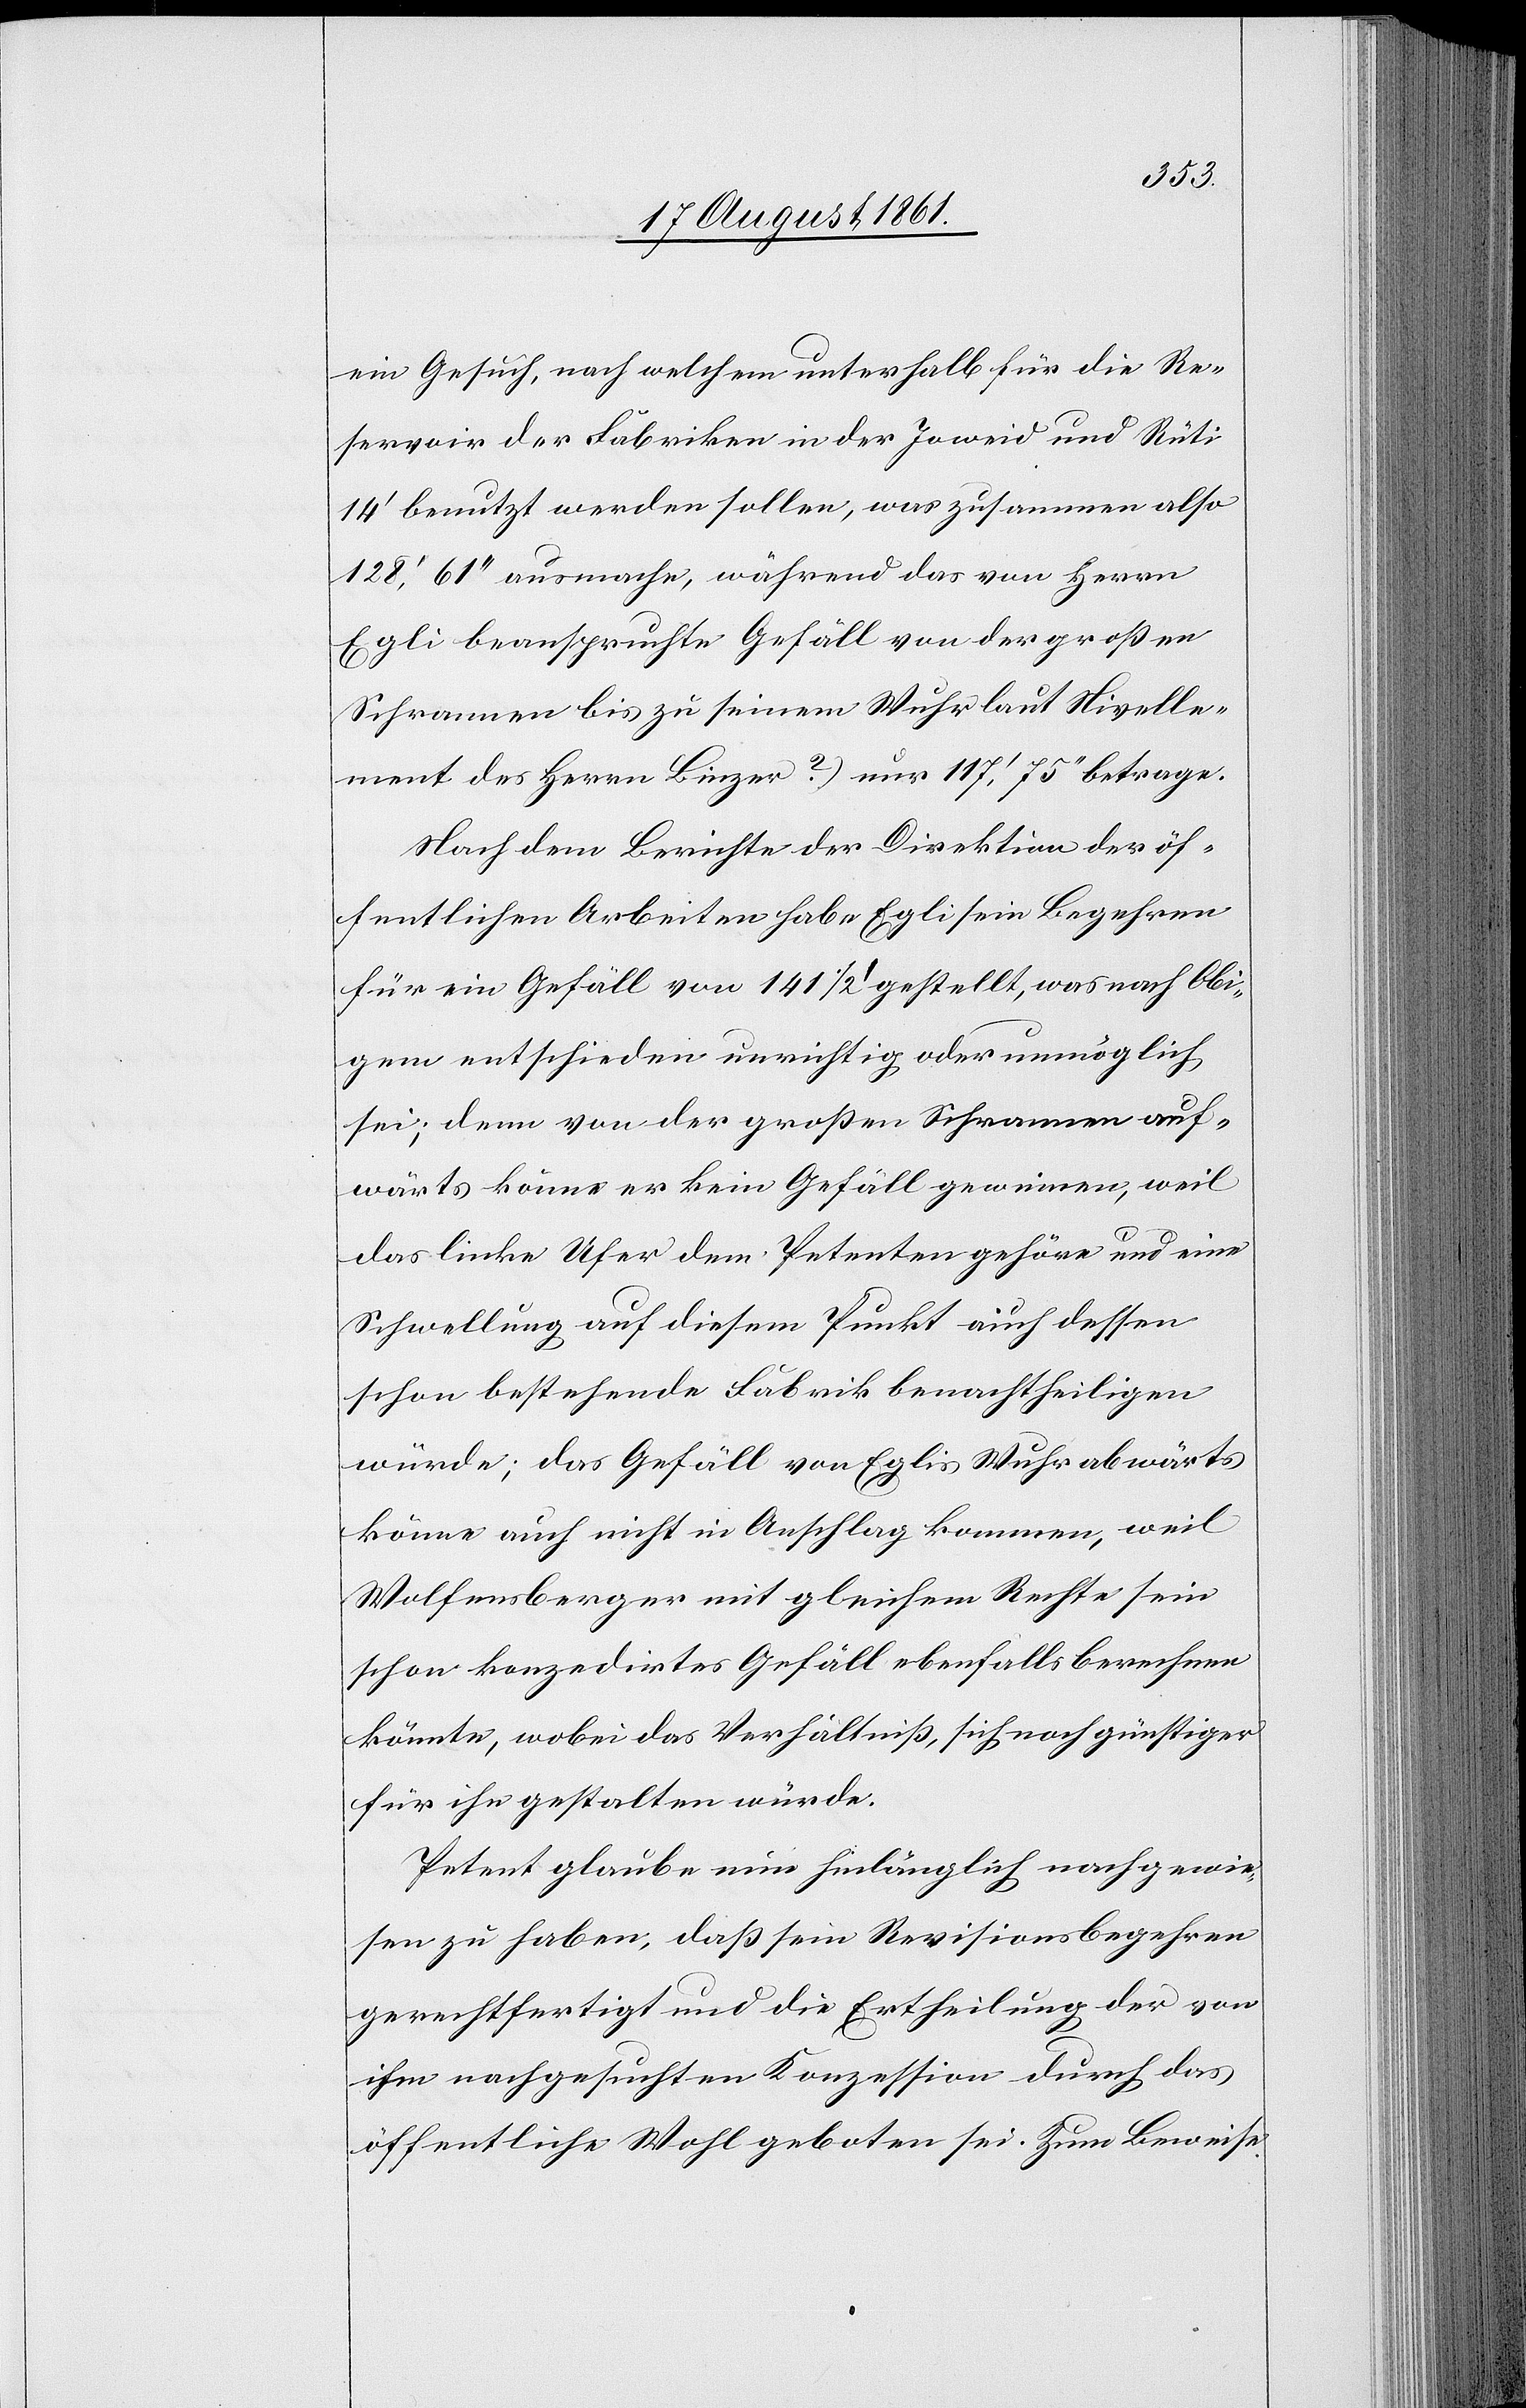
ein Gesuch, nach welchem unterhalb für die Re¬
servoir der Fabriken in der Joweid und Rüti
14’ benutzt werden sollen, was zusammen also
128’61’’ ausmache, während das von Herrn
Egli beanspruchte Gefäll von der großen
Schrannen bis zu seinem Wuhr laut Nivelle¬
ment des Herrn Binzer [(] nur 117’75’’ betrage.
Nach dem Berichte der Direktion der öf¬
fentlichen Arbeiten habe Egli sein Begehren
für ein Gefäll von 141 1/2’ gestellt, was nach Obi¬
gem entschieden unrichtig oder unmöglich
sei; denn von der großen Schrannen auf¬
wärts könne er kein Gefäll gewinnen, weil
das linke Ufer dem Petenten gehöre und eine
Schwellung auf diesem Punkt auch dessen
schon bestehende Fabrik benachtheiligen
würde; das Gefäll von Egli bis Wuhr abwärts
könne auch nicht in Anschlag kommen, weil
Wolfensberger mit gleichem Rechte sein
schon konzedirtes Gefäll ebenfalls berechnen
könnte, wobei das Verhältniß, sich noch günstiger
für ihn gestalten würde.
Petent glaube nun hinlänglich nachgewie¬
sen zu haben, daß sein Revisionsbegehren
gerechtfertigt und die Ertheilung der von
ihm nachgesuchten Konzession durch das
öffentliche Wohl geboten sei. Zum Beweise